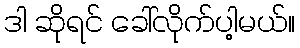
ဒါ ဆိုရင် ခေါ်လိုက်ပါ့မယ်။